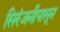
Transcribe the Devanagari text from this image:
सिरंजनीपासून